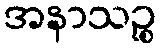
အနာသဉ္စ